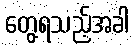
တွေ့ရသည့်အခါ